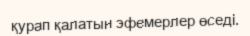
қурап қалатын эфемерлер өседі.